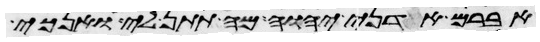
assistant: אברם אדני יהוה מה תתן לי ואנכי